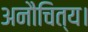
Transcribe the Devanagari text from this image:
अनौचित्य।